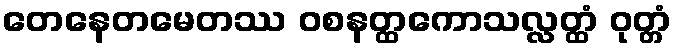
တေနေတမေတဿ ဝစနတ္ထကောသလ္လတ္ထံ ဝုတ္တံ